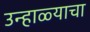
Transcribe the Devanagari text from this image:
उन्हाळ्याचा